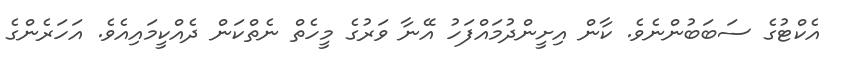
އެކްޓުގެ ސަބަބުންނެވެ. ކާން އިށީންދުމައްފަހު އޭނާ ވަރުގެ މީހެތް ނެތްކަން ދެއްކީމައިއެވެ. އަހަރެންގެ